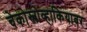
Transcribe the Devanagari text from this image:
चेकोस्लोव्हाकियावर